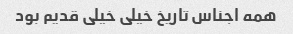
همه اجناس تاریخ خیلی خیلی قدیم بود